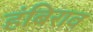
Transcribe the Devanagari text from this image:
हंबिराव